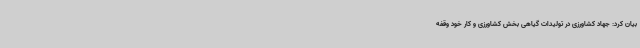
بیان کرد: جهاد کشاورزی در تولیدات گیاهی بخش کشاورزی و کار خود وقفه